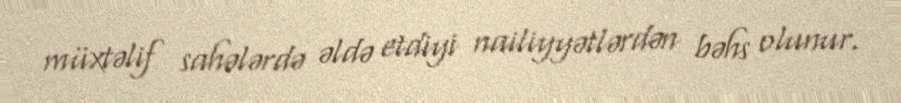
müxtəlif sahələrdə əldə etdiyi nailiyyətlərdən bəhs olunur.